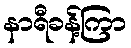
နာရီခန့်ကြာ